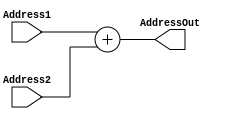
module Add(Address1,Address2,AddressOut);
 input [31:0] Address1,Address2;
 output [31:0] AddressOut;
 assign AddressOut = Address1+Address2;
endmodule